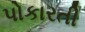
પોકારતી